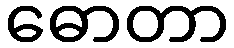
ဓောတာ